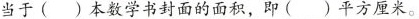
当于( )本数学书封面的面积，即( )平方厘米。